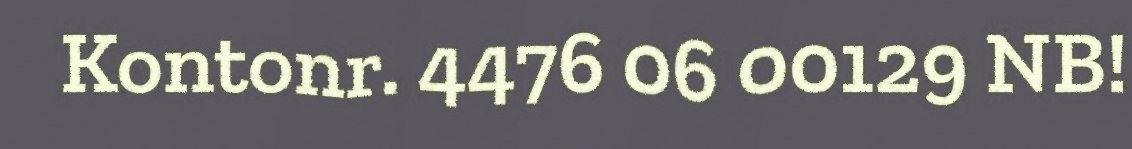
Kontonr. 4476 06 00129 NB!